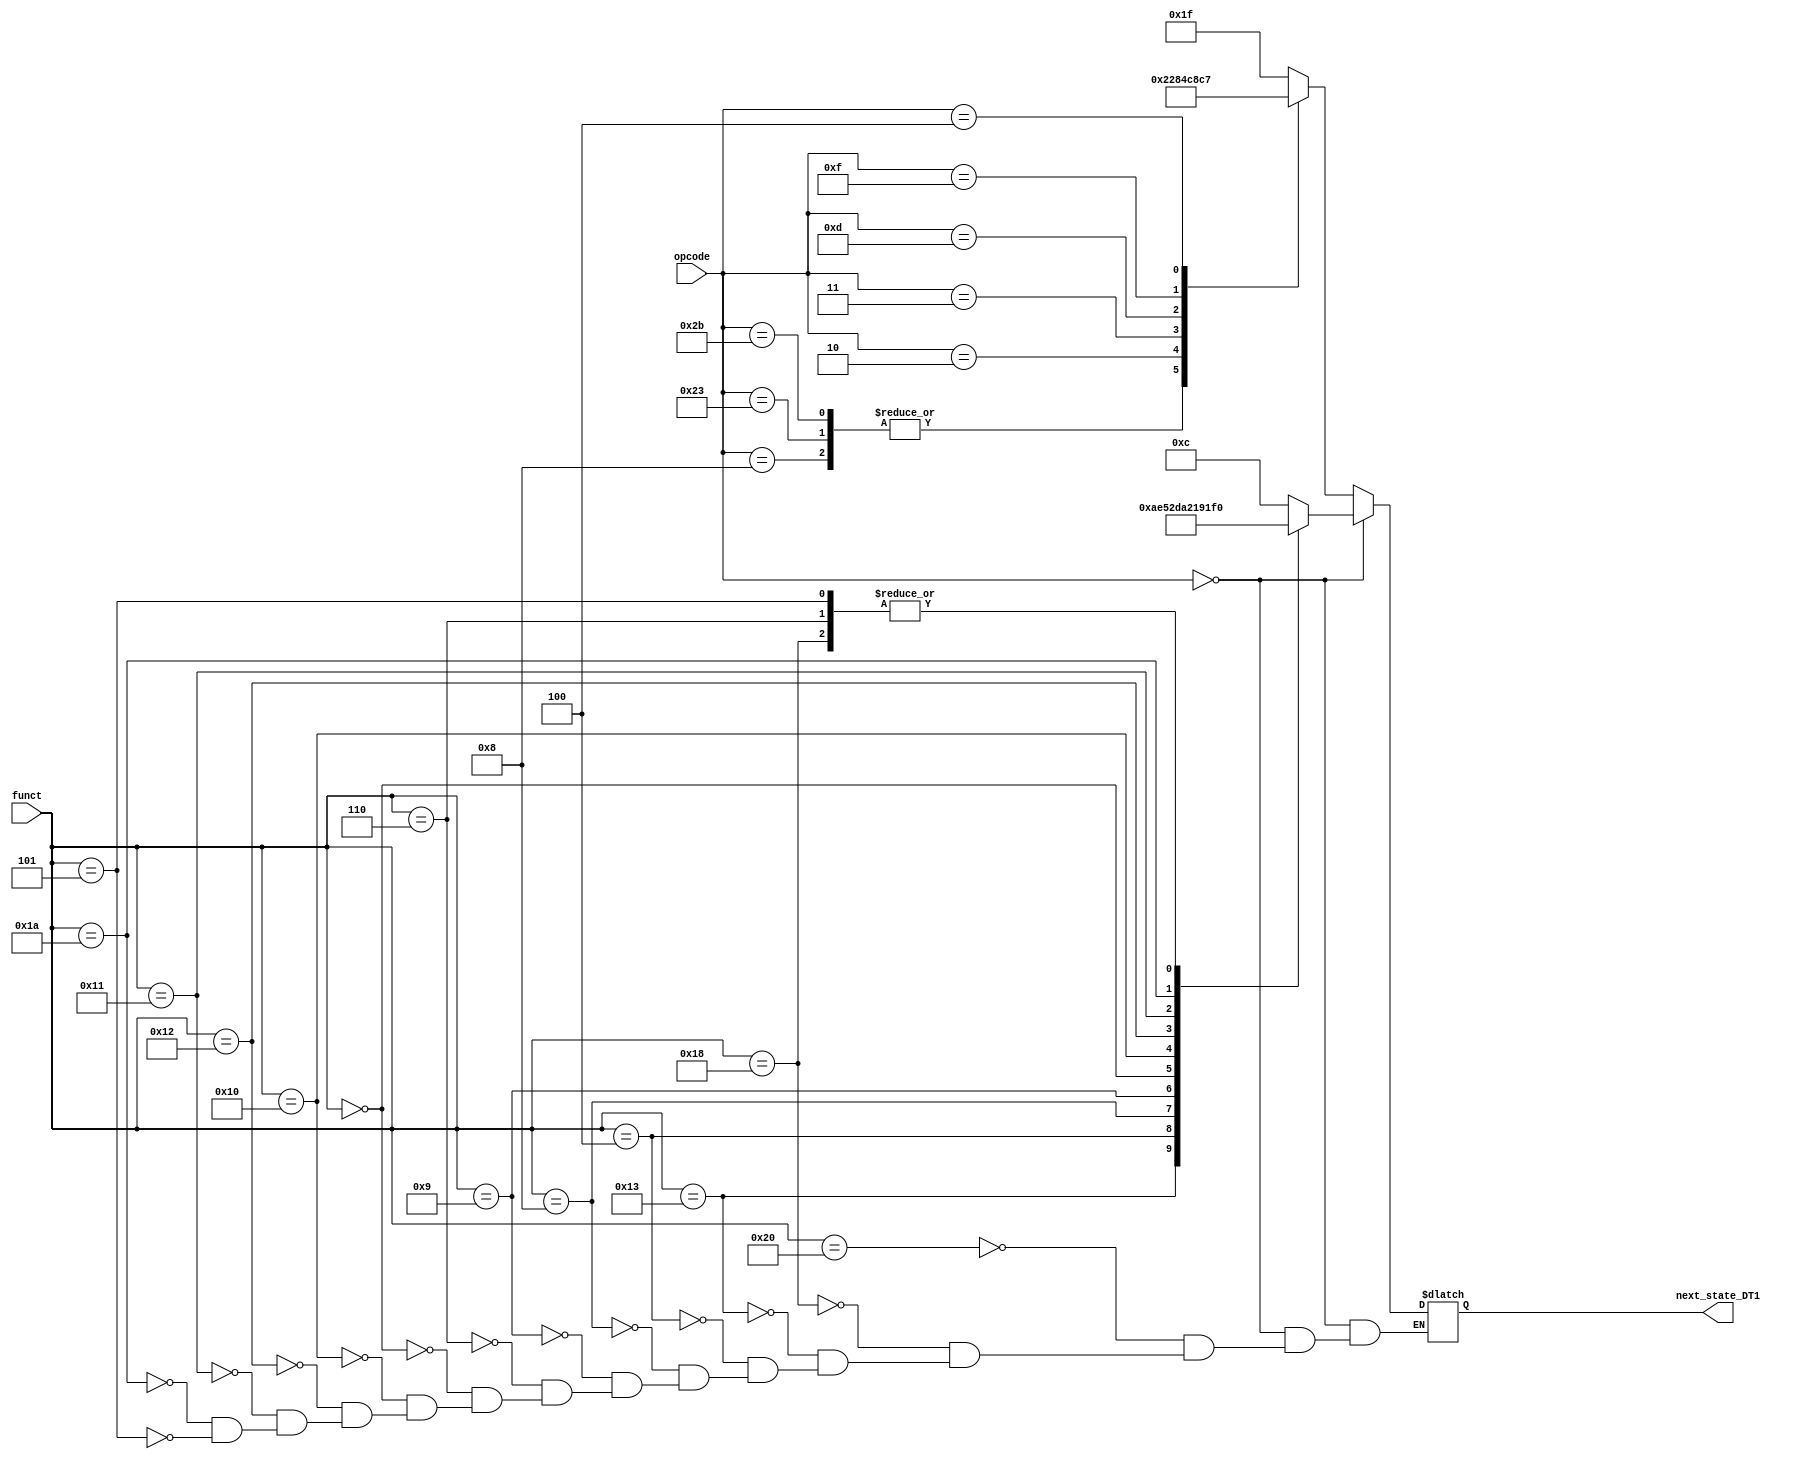
module dispatch1(opcode,funct,next_state_DT1);

input[5:0] funct;
input[5:0] opcode;
output reg[4:0] next_state_DT1;

always@(*)
begin
if(opcode == 6'b000000)
begin
	case(funct)
	6'b100000 : next_state_DT1 = 5'd12; //add
	6'b011000 : next_state_DT1 = 5'd16; //mult
	6'b010011 : next_state_DT1 = 5'd5; //mtlo
	6'b000100 : next_state_DT1 = 5'd14; //sllv
	6'b001000 : next_state_DT1 = 5'd10;//jr
	6'b001001 : next_state_DT1 = 5'd11; //jalr
	6'b000110 : next_state_DT1 = 5'd16; //msub
	6'b000000 : next_state_DT1 = 5'd13; //sll
	6'b010000 : next_state_DT1 = 5'd2;  //mfhi
	6'b010010 : next_state_DT1 = 5'd3; //mflo
	6'b010001 : next_state_DT1 = 5'd4; //mthi
	6'b011010 : next_state_DT1 = 5'd15; // div
	6'b000101 : next_state_DT1 = 5'd16; //madd
	
	endcase
end

else
begin
	case(opcode)
	6'b001000 : next_state_DT1 = 5'd17; //addi
	6'b100011 : next_state_DT1 = 5'd17; //lw
	6'b101011 : next_state_DT1 = 5'd17; //sw
	6'b000010 : next_state_DT1 = 5'd8; //j
	6'b000011 : next_state_DT1 = 5'd9; //jal
	6'b001101 : next_state_DT1 = 5'd18; //ori
	6'b001111 : next_state_DT1 = 5'd6; //lui
	6'b000100 : next_state_DT1 = 5'd7; //beq
	default : next_state_DT1 = 5'd31;//exception undefined instruction
	endcase
end

end
endmodule